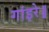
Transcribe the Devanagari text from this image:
गांइरे॥